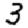
Digit: 3